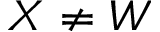
X \neq W